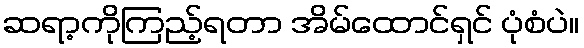
ဆရာ့ကိုကြည့်ရတာ အိမ်ထောင်ရှင် ပုံစံပဲ။